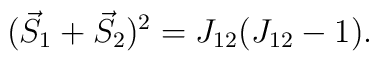
(\vec S_1+\vec S_2)^2 = J_{12}(J_{12}-1).